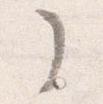
了